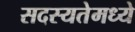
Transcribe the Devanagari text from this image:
सदस्यतेमध्ये